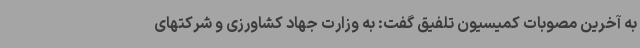
به آخرین مصوبات کمیسیون تلفیق گفت: به وزارت جهاد کشاورزی و شرکتهای